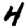
Digit: 4